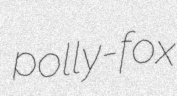
polly-fox